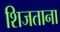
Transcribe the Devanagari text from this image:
शिजताना